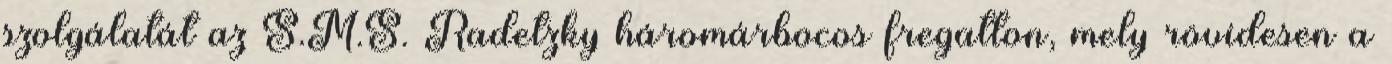
szolgálatát az S.M.S. Radetzky háromárbocos fregatton, mely rövidesen a